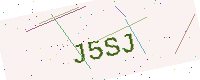
Text: J5SJ